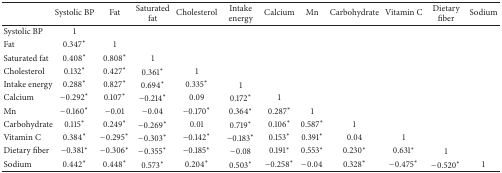
|  | Systolic BP | Fat | Saturated fat | Cholesterol | Intake energy | Calcium | Mn | Carbohydrate | Vitamin C | Dietary fiber | Sodium |
 | --- | --- | --- | --- | --- | --- | --- | --- | --- | --- | --- | --- |
 | Systolic BP | 1 |  |  |  |  |  |  |  |  |  |  |
 | Fat | 0.347∗ | 1 |  |  |  |  |  |  |  |  |  |
 | Saturated fat | 0.408∗ | 0.808∗ | 1 |  |  |  |  |  |  |  |  |
 | Cholesterol | 0.132∗ | 0.427∗ | 0.361∗ | 1 |  |  |  |  |  |  |  |
 | Intake energy | 0.288∗ | 0.827∗ | 0.694∗ | 0.335∗ | 1 |  |  |  |  |  |  |
 | Calcium | −0.292∗ | 0.107∗ | −0.214∗ | 0.09 | 0.172∗ | 1 |  |  |  |  |  |
 | Mn | −0.160∗ | −0.01 | −0.04 | −0.170∗ | 0.364∗ | 0.287∗ | 1 |  |  |  |  |
 | Carbohydrate | 0.115∗ | 0.249∗ | −0.269∗ | 0.01 | 0.719∗ | 0.106∗ | 0.587∗ | 1 |  |  |  |
 | Vitamin C | 0.384∗ | −0.295∗ | −0.303∗ | −0.142∗ | −0.183∗ | 0.153∗ | 0.391∗ | 0.04 | 1 |  |  |
 | Dietary fiber | −0.381∗ | −0.306∗ | −0.355∗ | −0.185∗ | −0.08 | 0.191∗ | 0.553∗ | 0.230∗ | 0.631∗ | 1 |  |
 | Sodium | 0.442∗ | 0.448∗ | 0.573∗ | 0.204∗ | 0.503∗ | −0.258∗ | −0.04 | 0.328∗ | −0.475∗ | −0.520∗ | 1 |